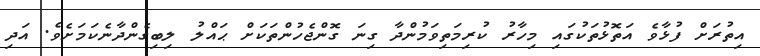
އިތުރަށް ފުޅާވެ އަތޮޅުތަކުގައި މިހާރު ކުރިމަތިވަމުންދާ ގިނަ ގޮންޖެހުންތަކަށް ޙައްލު ލިބިގެންދާނެކަމަށެވެ. އަދި